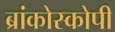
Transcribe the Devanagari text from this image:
ब्रांकोस्कोपी